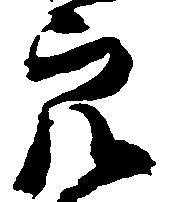
穴